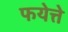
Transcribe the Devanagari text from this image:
फयेत्ते